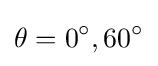
\theta =0^{\circ },60^{\circ }